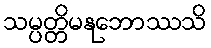
သမ္ပတ္တိမနုဘောဿသိ